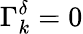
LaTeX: \Gamma_{k}^{\delta}=0